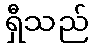
ရှီသည်